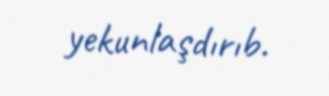
yekunlaşdırıb.